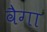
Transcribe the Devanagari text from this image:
वैगा